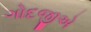
ગોદજીએ